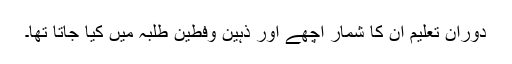
دورانِ تعلیم اُن کا شمار اچھے اور ذہین وفطین طلبہ میں کیا جاتا تھا۔